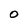
Character: O